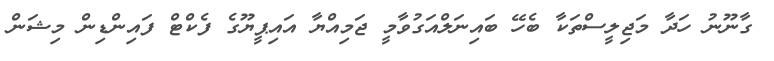
ގާނޫނު ހަދާ މަޖިލީސްތަކާ ބެހޭ ބައިނަލްއަގުވާމީ ޖަމިއްޔާ އައިޕީޔޫގެ ފެކްޓް ފައިންޑިން މިޝަން